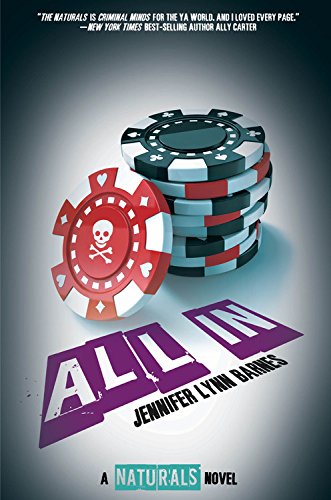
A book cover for All In ((The Naturals #3)); Jennifer Lynn Barnes; Teen & Young Adult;